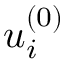
u _ { i } ^ { ( 0 ) }